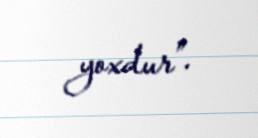
yoxdur”.